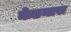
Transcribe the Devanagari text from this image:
केडनास